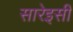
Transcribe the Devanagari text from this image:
सारेइसी